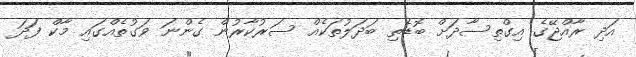
އަދި ރާއްޖޭގެ އިގްތިސާދަށް ބޮޑެތި ބަދަލުތަކެއް ސަރުކާރުން ގެންނަ ވަގުތެއްގައި މާކް ފަދަ